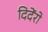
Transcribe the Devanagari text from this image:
दिदेंरो